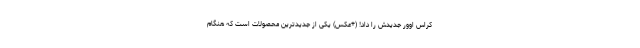
کراس اوور جدیدش را داد! (+عکس) یکی از جدیدترین محصولات است که هنگام